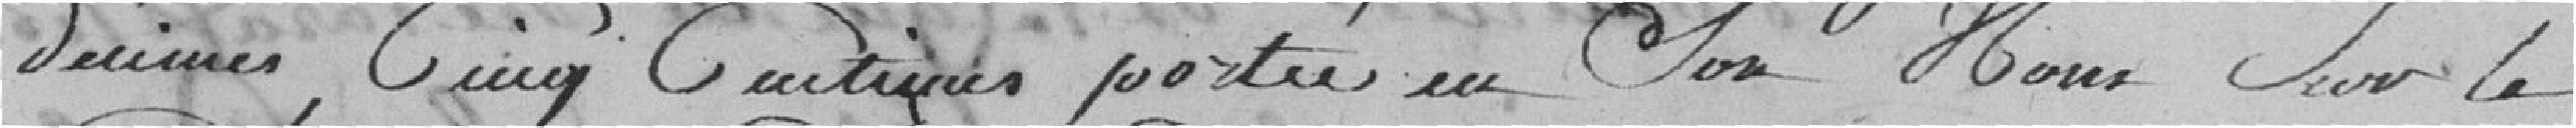
décimes, cinq centimes porté en son nom sur le